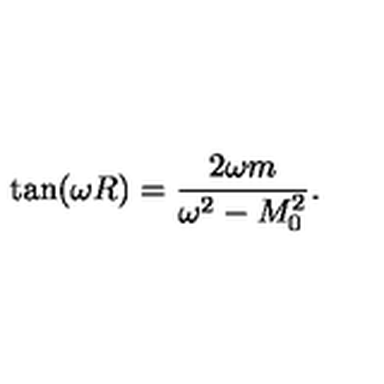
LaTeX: \tan ( \omega R ) = \frac { 2 \omega m } { \omega ^ { 2 } - M _ { 0 } ^ { 2 } } { . }